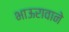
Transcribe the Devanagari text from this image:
भाऊरावाने